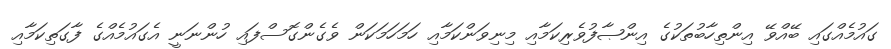
ގައުމެއްގައި ބޭއްވޭ އިންތިހާބުތަކުގެ އިންޞާފުވެރިކަމާއި މިނިވަންކަމާއި ހަމަހަމަކަން ވެގެންގޮސްފައި ހުންނަނީ އެގައުމެއްގެ ފާގަތިކަމާއި